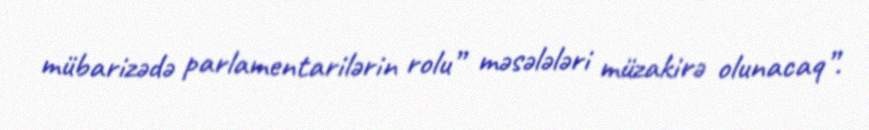
mübarizədə parlamentarilərin rolu” məsələləri müzakirə olunacaq”.